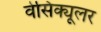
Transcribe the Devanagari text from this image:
वेसिक्यूलर